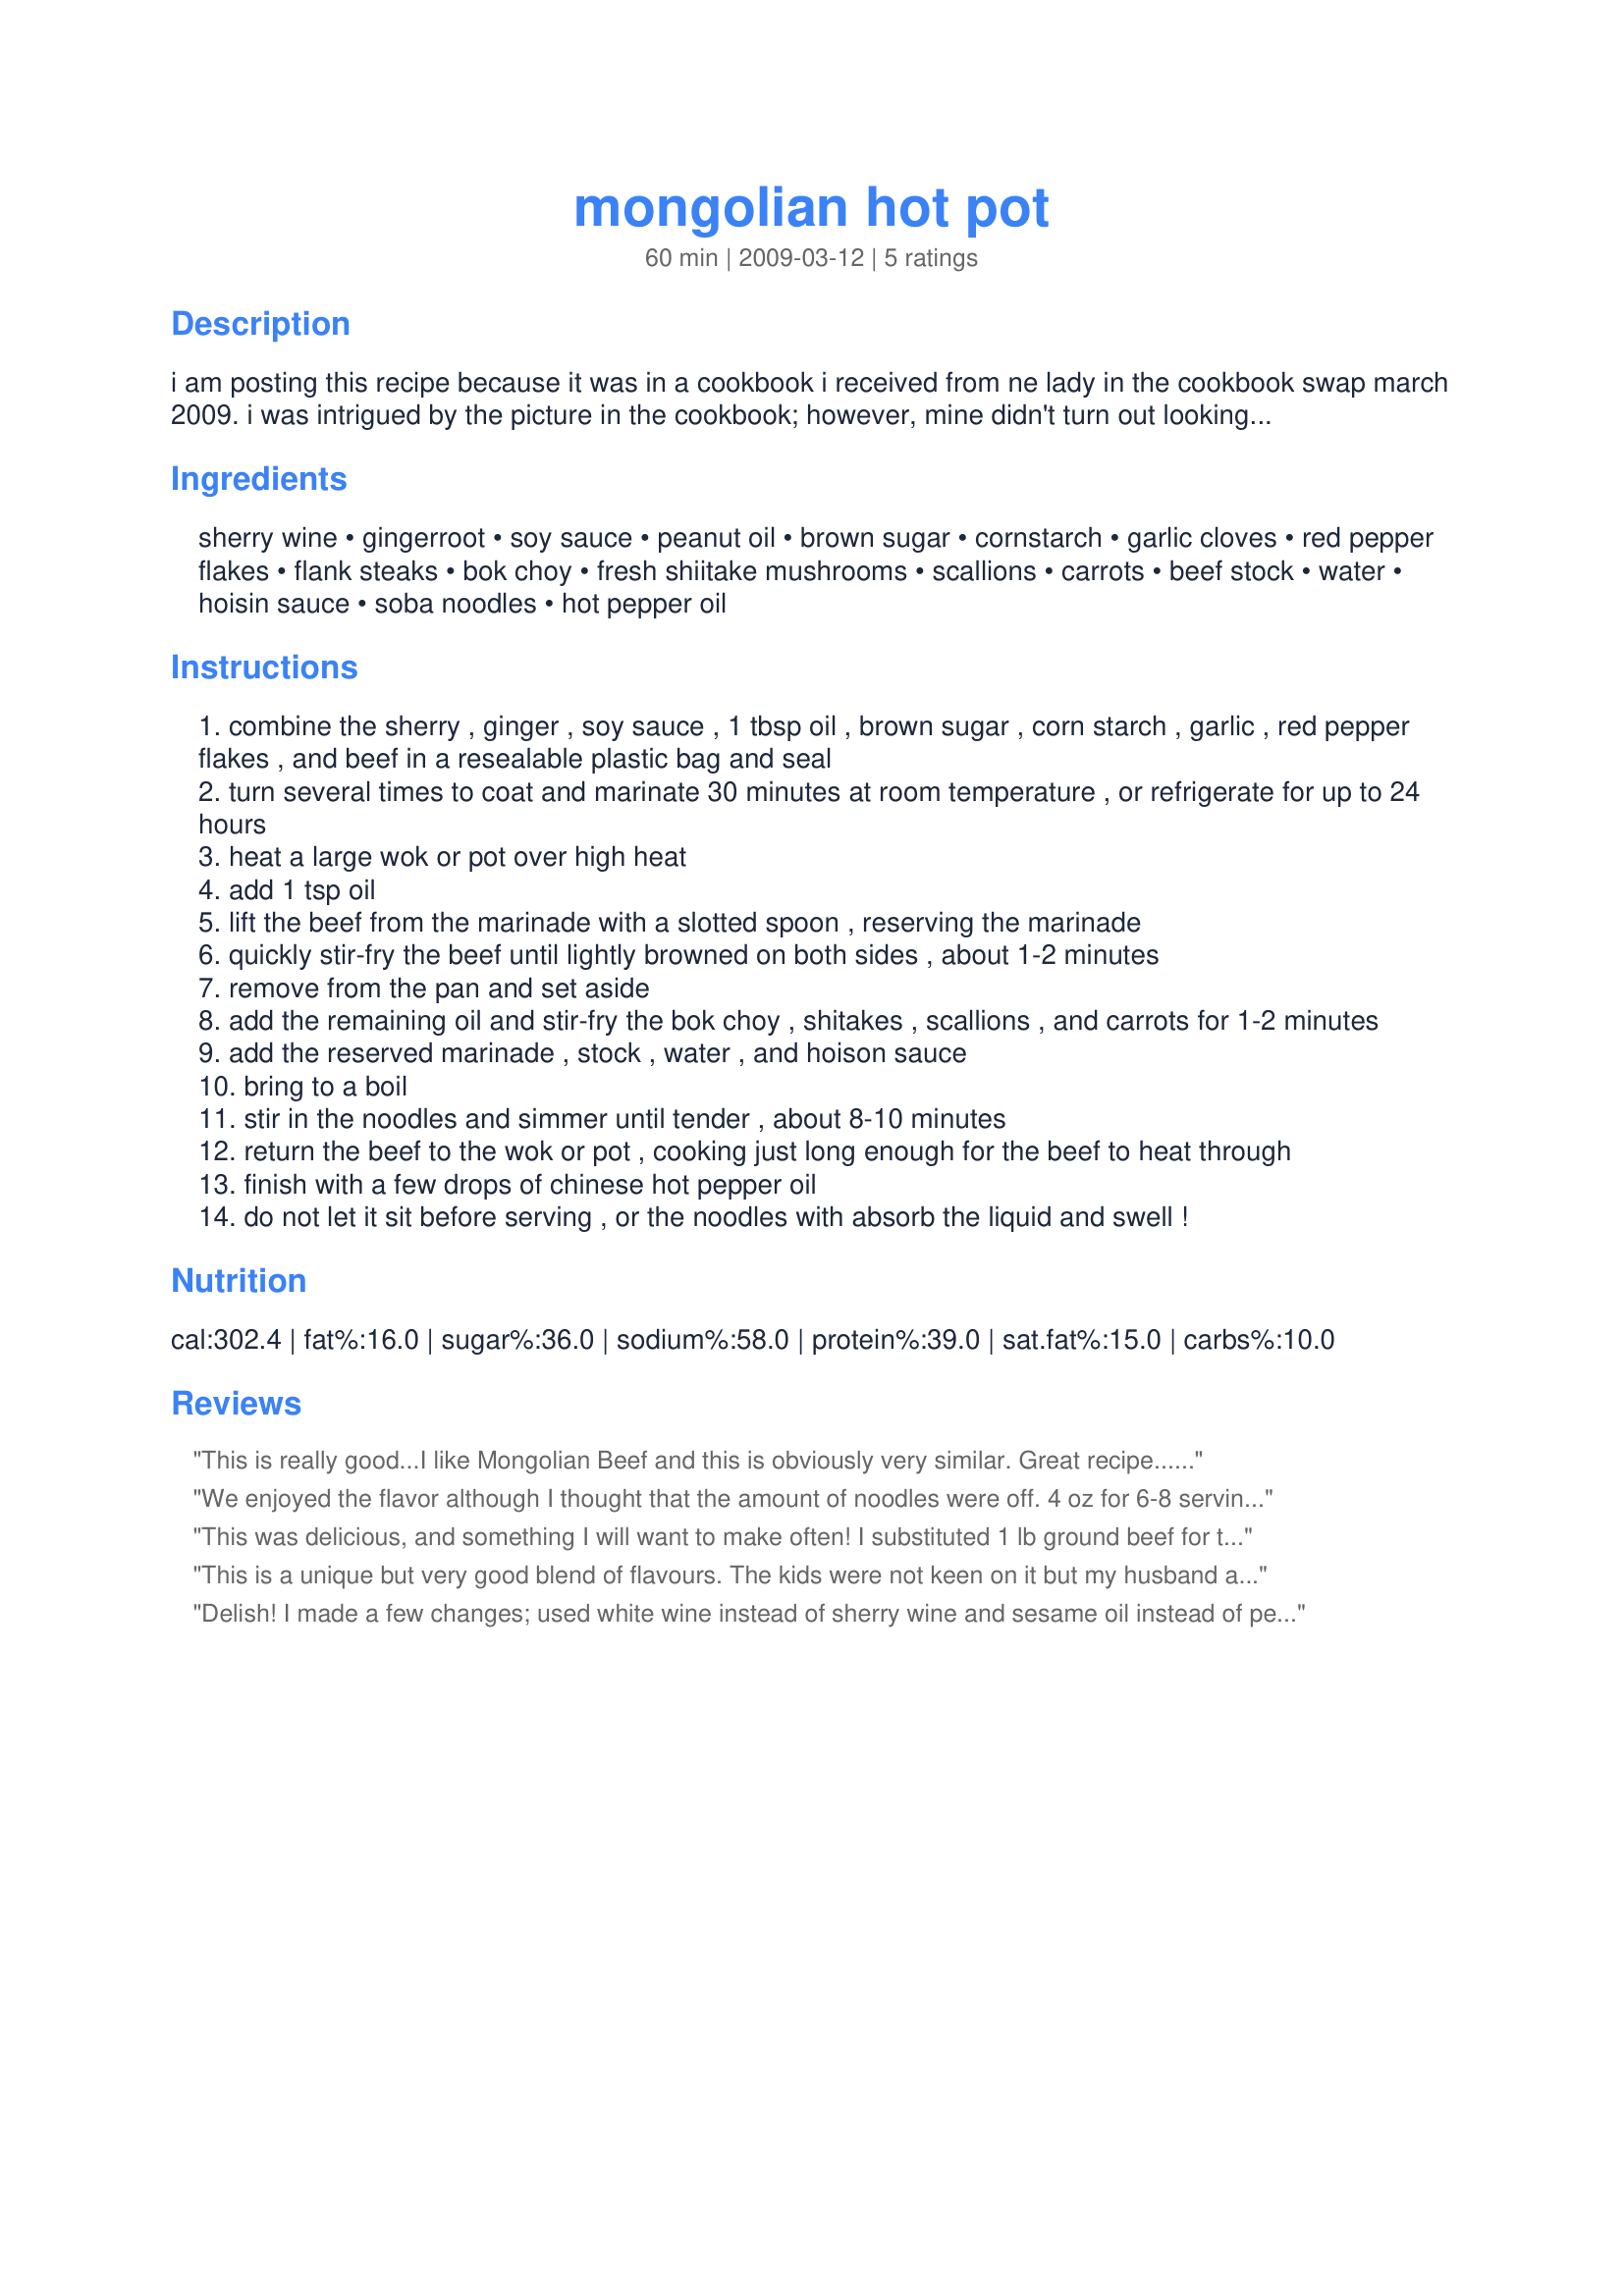
mongolian hot pot
Preparation time: 60 minutes

i am posting this recipe because it was in a cookbook i received from ne lady in the cookbook swap march 2009. i was intrigued by the picture in the cookbook; however, mine didn't turn out looking like the picture! i had way too many noodles and too little broth. the cookbook, "soups for any body" states that it is a mix between a soup and a stew. mine was pretty thick, so i would add more beef stock to the recipe. i'd also serve more soy sauce with each serving, and allow each diner to add their hot pepper oil. if you let your meat marinate while you chop the vegetables, it gets on the table pretty quickly! i did change it a little...i increased the meat by 4 oz.

Ingredients:
sherry wine, gingerroot, soy sauce, peanut oil, brown sugar, cornstarch, garlic cloves, red pepper flakes, flank steaks, bok choy, fresh shiitake mushrooms, scallions, carrots, beef stock, water, hoisin sauce, soba noodles, hot pepper oil

Steps:
combine the sherry , ginger , soy sauce , 1 tbsp oil , brown sugar , corn starch , garlic , red pepper flakes , and beef in a resealable plastic bag and seal
turn several times to coat and marinate 30 minutes at room temperature , or refrigerate for up to 24 hours
heat a large wok or pot over high heat
add 1 tsp oil
lift the beef from the marinade with a slotted spoon , reserving the marinade
quickly stir-fry the beef until lightly browned on both sides , about 1-2 minutes
remove from the pan and set aside
add the remaining oil and stir-fry the bok choy , shitakes , scallions , and carrots for 1-2 minutes
add the reserved marinade , stock , water , and hoison sauce
bring to a boil
stir in the noodles and simmer until tender , about 8-10 minutes
return the beef to the wok or pot , cooking just long enough for the beef to heat through
finish with a few drops of chinese hot pepper oil
do not let it sit before serving , or the noodles with absorb the liquid and swell !

Reviews:
This is really good...I like Mongolian Beef and this is obviously very similar. 

Great recipe...Kids even liked it.
We enjoyed the flavor although I thought that the amount of noodles were off. 4 oz for 6-8 servings??? Were these dried noodles??? Most dried use 2 oz per serving. Anyway I used the soba noodles that were wet. For one serving you would use 5 oz so I just doubled it. Like I said we enjoyed the flavor it made at least 8 servings. Thanks for posting.
This was delicious, and something I will want to make often! I substituted 1 lb ground beef for the sliced beef, as I had it on hand. It needed more oomph, so I upped the soy sauce, and added some mirin (sweet rice wine) and rice wine vinegar to give it a bit of sweet-and-sour taste. I couldn't find my package of soba, so I used Italian linguine rigate (flat narrow noodles with ridges) that I had in the house. <br/>Added 8/23/10: Made it again, this time with flank steak and real soba. The soba were cooked in 3 minutes (maybe I used a thinner kind than the OP). I added 1/4 c mirin and 1/4 c regular sake to the marinade, and I added 1/4 c rice wine vinegar to the broth with the hoisin. The broth was still a little flat; I think next time, I will add more vinegar and more hoisin.
This is a unique but very good blend of flavours. The kids were not keen on it but my husband and I really enjoyed it. The only changes I made was to use cooked udon noodles and spinach in place of the bok choy. Thanks for the recipe.
Delish! I made a few changes; used white wine instead of sherry wine and sesame oil instead of peanut oil. The recipe does not state when to add the garlic so I assumed that I should add it to the marinade. Next time I will add 1/4 cup of hoisin sauce as 1/3 cup makes the dish quite sweet. I also added an extra 1/4 cup of soy sauce which balanced out the sweeetness a bit. I cooked the noodles seperately. It was liked by both adults and kids and it will definitely go in the 'repeat' folder. We added extra red pepper flakes at the table. Made for 123 tag.
